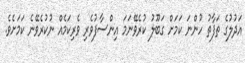
އަދުލުގެ ތަަފާތު ހުންނަ ކަމަށް ގަބޫލު ކުރެވޭނަމަ އިންސާފުވެރި ވެރިކަމެއް ނުކުރެވޭނެ ކަމަށެވެ.